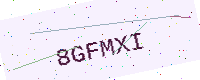
Text: 8GFMXI